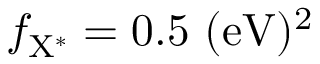
f _ { \mathrm { { X ^ { * } } } } = 0 . 5 ~ \mathrm { { ( e V ) ^ { 2 } } }